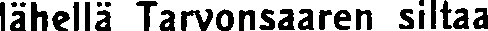
lähellä Tarvonsaaren siltaa